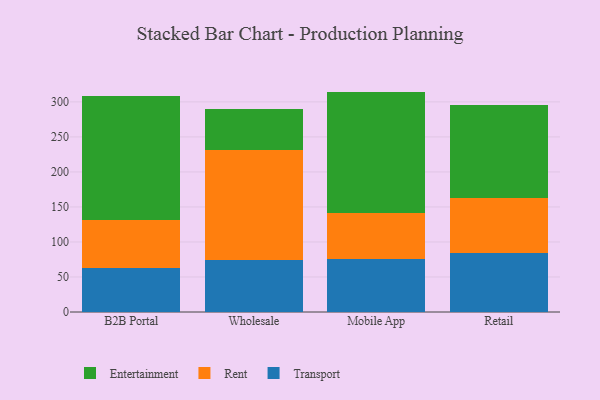
{"axis": {"x": "Channel", "y": "LTV (USD)"}, "legend": ["Entertainment", "Rent", "Transport"], "data": [{"x": "B2B Portal", "y": 62.2, "type": "Transport"}, {"x": "B2B Portal", "y": 69.8, "type": "Rent"}, {"x": "B2B Portal", "y": 176.5, "type": "Entertainment"}, {"x": "Wholesale", "y": 73.7, "type": "Transport"}, {"x": "Wholesale", "y": 158.0, "type": "Rent"}, {"x": "Wholesale", "y": 58.2, "type": "Entertainment"}, {"x": "Mobile App", "y": 76.0, "type": "Transport"}, {"x": "Mobile App", "y": 65.9, "type": "Rent"}, {"x": "Mobile App", "y": 172.8, "type": "Entertainment"}, {"x": "Retail", "y": 84.7, "type": "Transport"}, {"x": "Retail", "y": 77.9, "type": "Rent"}, {"x": "Retail", "y": 132.9, "type": "Entertainment"}]}